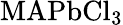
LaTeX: \textrm{MAPbCl}_{3}